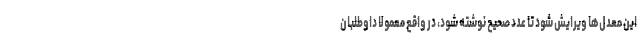
این معدل‌ها ویرایش شود تا عدد صحیح نوشته شود، در واقع معمولا داوطلبان